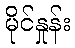
မိုင်နှုန်း